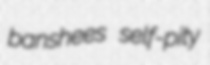
banshees self-pity